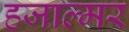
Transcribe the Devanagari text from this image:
हजाल्मर